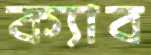
ক্যাব